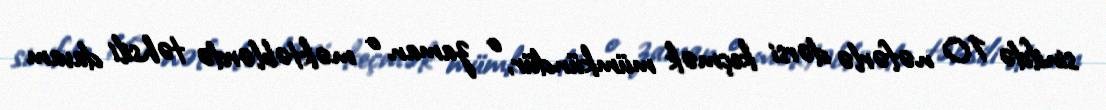
sinifdə 10 nəfərlə dərsi keçmək mümkündür, o zaman o məktəblərdə təhsili davam